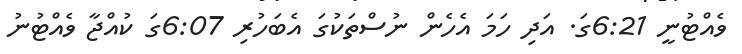
ވެއްޓުނީ 6:21ގަ. އަދި ހަމަ އެހެން ނުސްތަކުގަ އެބަހުރި 6:07ގަ ކުއްޖާ ވެއްޓުނު